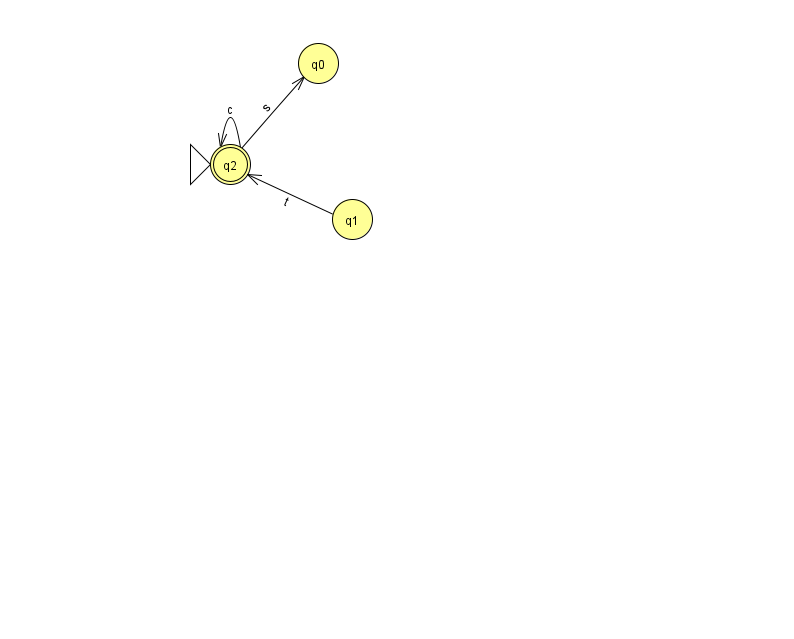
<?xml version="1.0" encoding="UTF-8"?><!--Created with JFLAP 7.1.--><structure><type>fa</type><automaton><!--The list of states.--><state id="0" name="q0"><x>318.0</x><y>50.0</y></state><state id="1" name="q1"><x>352.0</x><y>206.0</y></state><state id="2" name="q2"><x>230.0</x><y>151.0</y><initial/><final/></state><!--The list of transitions.--><transition><from>2</from><to>0</to><read>s</read></transition><transition><from>2</from><to>2</to><read>c</read></transition><transition><from>1</from><to>2</to><read>t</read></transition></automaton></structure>